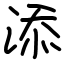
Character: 添